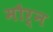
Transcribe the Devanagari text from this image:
मौर्न